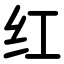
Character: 红